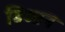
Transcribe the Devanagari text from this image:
डिओन